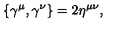
\{ \gamma ^ { \mu } , \gamma ^ { \nu } \} = 2 \eta ^ { \mu \nu } , \nonumber